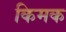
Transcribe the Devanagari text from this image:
किमक